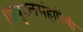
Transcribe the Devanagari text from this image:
।शत्रुदलसंहारिणी